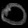
Digit: ၀